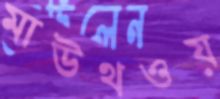
মাউথওয়